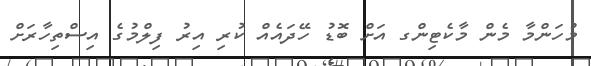
މުހަންމާ މެން މާކެޓިންގ އަށް ބޮޑު ހޭދައެއް ކުރި އިރު ފިލްމުގެ އިސްތިހާރަށް